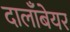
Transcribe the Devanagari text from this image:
दालाँबेयर